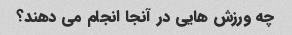
چه ورزش هایی در آنجا انجام می دهند؟